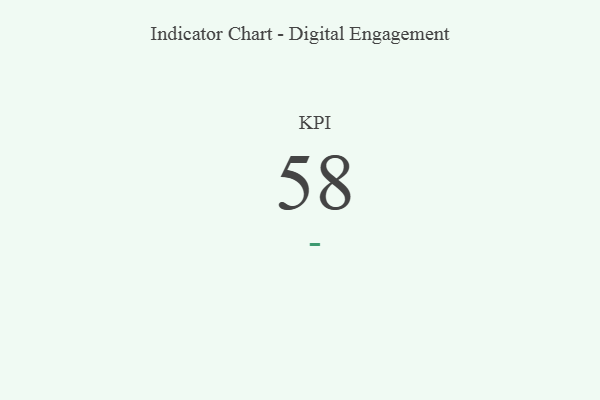
{"axis": {"x": "KPI", "y": "Value"}, "legend": [""], "data": [{"x": "KPI", "y": 58, "type": ""}]}